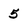
Character: 5